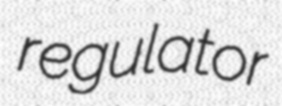
regulator